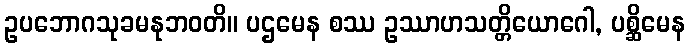
ဥပဘောဂသုခမနုဘဝတိ။ ပဌမေန စဿ ဥဿာဟသတ္တိယောဂေါ, ပစ္ဆိမေန